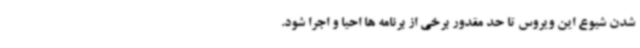
شدن شیوع این ویروس تا حد مقدور برخی از برنامه ها احیا و اجرا شود.